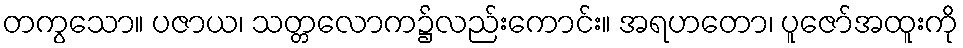
တကွသော။ ပဇာယ၊ သတ္တလောက၌လည်းကောင်း။ အရဟတော၊ ပူဇော်အထူးကို